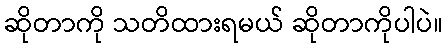
ဆိုတာကို သတိထားရမယ် ဆိုတာကိုပါပဲ။